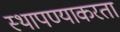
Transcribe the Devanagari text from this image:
स्थापण्याकरता